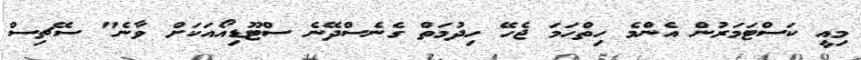
މިއީ ކަސްޓަމަރުން އެންމެ ހިތްހަމަ ޖެހޭ ހިދުމަތް ގެނެސްދޭނެ ސްޓޫޑިއޯއަކަށް ވާނެ" ސޭޗިސް